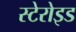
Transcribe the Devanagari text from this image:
स्टेरोइड